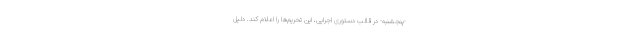
-پنجشنبه- در قالب دستوری اجرایی، این تحریم‌ها را اعلام کند. دلیل